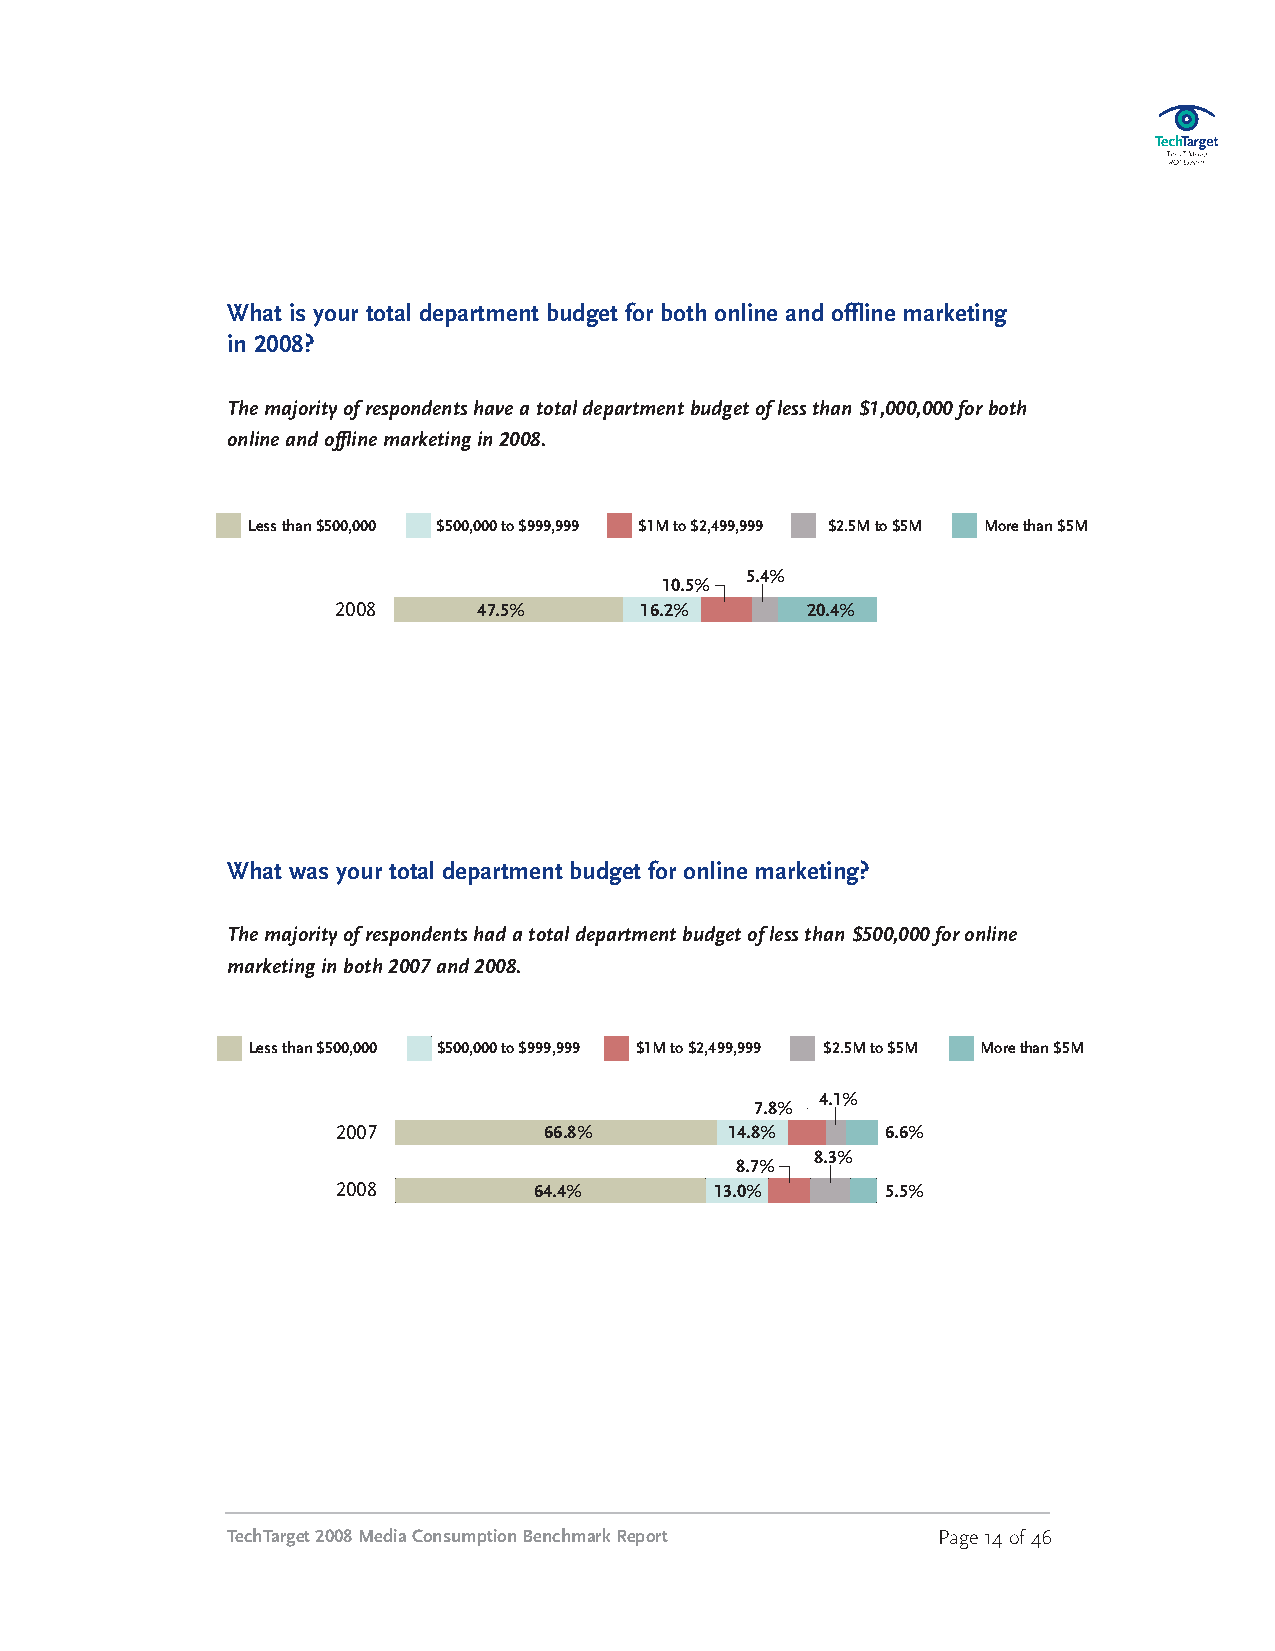
What is your total department budget for both online and offline marketing
 in 2008?
 Themajorityofrespondentshaveatotaldepartmentbudgetoflessthan$1,000,000forboth
 onlineandofflinemarketingin2008.
 Lessthan$500,000 $500,000 to $999,999 $1Mto$2,499,999 $2.5Mto $5M More than $5M
 5.4%
 10.5%
 2008      47.5%     16.2%      20.4%
 What was your total department budget for online marketing?
 Themajorityofrespondentshadatotaldepartmentbudgetoflessthan$500,000foronline
 marketinginboth2007and2008.
 Lessthan$500,000 $500,000 to $999,999 $1Mto$2,499,999 $2.5Mto $5M Morethan $5M
 4.1%
 7.8%
 2007          66.8%       14.8%      6.6%
 8.3%
 8.7%
 2008         64.4%       13.0%       5.5%
 TechTarget2008MediaConsumptionBenchmarkReport  Page14of46